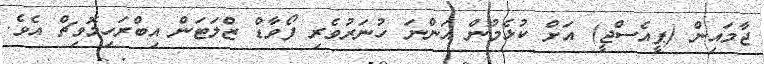
ޖާމައިން (ޕީއެސްޖީ) އަށް ކުޅެމުން އަންނަ ހުނަރުވެރި ފޯވާޑް ޒްލަޓަން އިބްރަހިމޮވިޗް އެވެ.